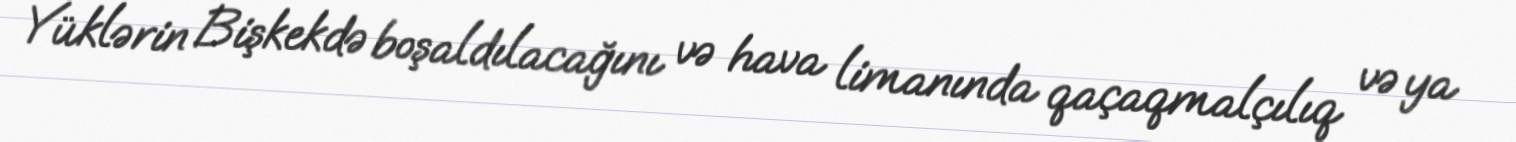
Yüklərin Bişkekdə boşaldılacağını və hava limanında qaçaqmalçılıq və ya